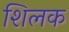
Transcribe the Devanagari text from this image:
शिलक